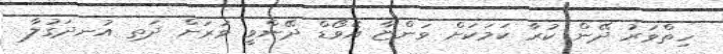
ހިތްވަރު ދޭން ކުރާ ކަމަކަށް ވަންޏާ އެވޯޑް ދޭންވީ ވަރަށް ދަތި އުނދަގުލާ